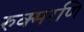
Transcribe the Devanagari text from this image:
रुक्मरणि